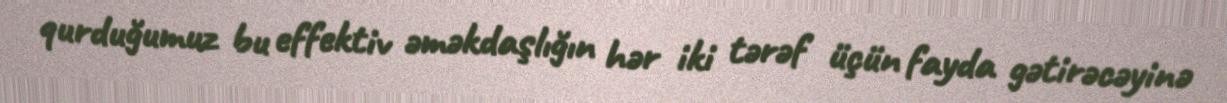
qurduğumuz bu effektiv əməkdaşlığın hər iki tərəf üçün fayda gətirəcəyinə